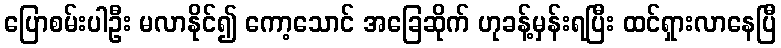
ပြောစမ်းပါဦး မလာနိုင်၍ ကော့သောင် အခြေဆိုက် ဟုခန့်မှန်းရပြီး ထင်ရှားလာနေပြီ